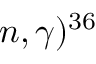
n , \gamma ) ^ { 3 6 }